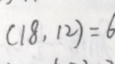
( 1 8 , 1 2 ) = 6